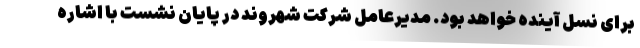
برای نسل آینده خواهد بود. مدیرعامل شرکت شهروند در پایان نشست با اشاره